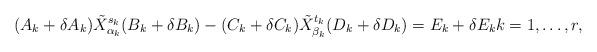
LaTeX: \begin{align*}(A_k + \delta A_k)\tilde{X}_{\alpha_k}^{s_k}(B_k+\delta B_k) - (C_k+\delta C_k) \tilde{X}_{\beta_k}^{t_k} (D_k+\delta D_k) = E_k + \delta E_k k=1,\dots, r,\end{align*}